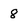
Character: 8